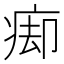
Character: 㾡